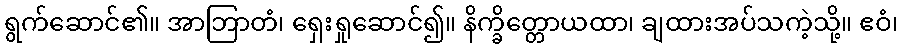
ရွက်ဆောင်၏။ အာဘြာတံ၊ ရှေးရှုဆောင်၍။ နိက္ခိတ္တောယထာ၊ ချထားအပ်သကဲ့သို့။ ဧဝံ၊